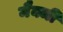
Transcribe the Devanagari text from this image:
मैक्जी